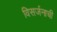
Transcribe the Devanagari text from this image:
विसर्जनाची